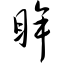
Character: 眸